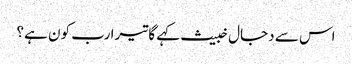
اس سے دجال خبیث کہے گا تیرا رب کون ہے؟